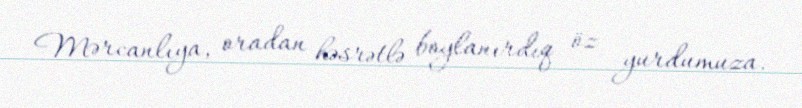
Mərcanlıya, oradan həsrətlə boylanırdıq öz yurdumuza.